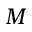
M